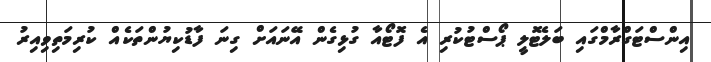
އިންސްޓަގްރާމްގައި ބަލެޓޮލީ ޕޯސްޓުކުރި އެ ފޮޓޯއާ ގުޅިގެން އޭނައަށް ގިނަ ފާޑުކިޔުންތަކެއް ކުރިމަތިވިއިރު